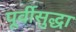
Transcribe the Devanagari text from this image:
पूर्वीसुद्धा